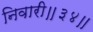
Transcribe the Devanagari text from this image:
निवारी॥३४॥